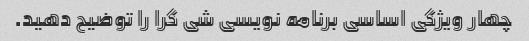
چهار ویژگی اساسی برنامه نویسی شی گرا را توضیح دهید.